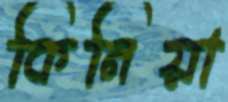
কিনিয়া